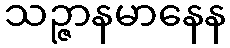
သဉ္ဇာနမာနေန